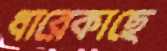
ধারেকাছে